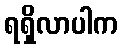
ရရှိလာပါက